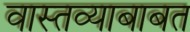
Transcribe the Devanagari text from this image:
वास्तव्याबाबत